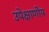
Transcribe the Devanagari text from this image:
उपेक्षाणीय